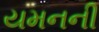
યમનની